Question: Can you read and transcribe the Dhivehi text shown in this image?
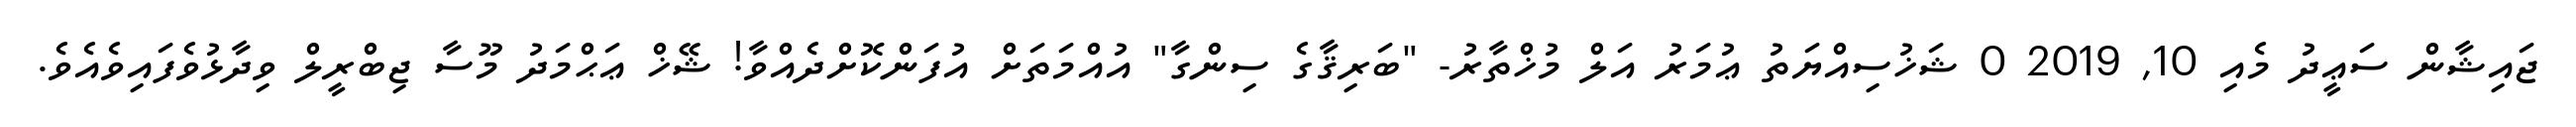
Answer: ޖައިޝާން ސަޢީދު މެއި 10, 2019 0 ޝަޚުސިއްޔަތު ޢުމަރު އަލް މުޚްތާރު- "ބަރިޤާގެ ސިންގާ" އުއްމަތަށް އުފަންކޮށްދެއްވާ! ޝޭޚް ޢަޙްމަދު މޫސާ ޖިބްރީލް ވިދާޅުވެފައިވެއެވެ.